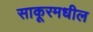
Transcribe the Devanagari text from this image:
साकूरमधील